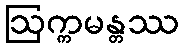
ဩက္ကမန္တဿ